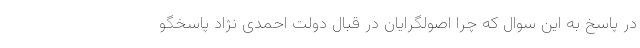
در پاسخ به این سوال که چرا اصولگرایان در قبال دولت احمدی نژاد پاسخگو